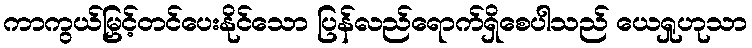
ကာကွယ်မြှင့်တင်ပေးနိုင်သော ပြန်လည်ရောက်ရှိစေပါသည် ယေရှုဟုသာ